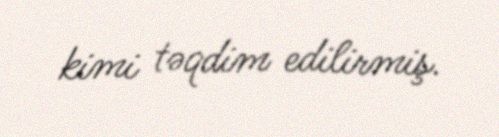
kimi təqdim edilirmiş.